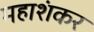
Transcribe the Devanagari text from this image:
महाशंकर